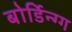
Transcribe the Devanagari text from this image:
बोर्डिन्ग्ग